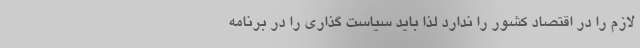
لازم را در اقتصاد کشور را ندارد لذا باید سیاست گذاری را در برنامه